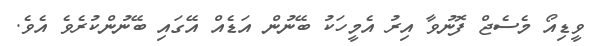
ވީޑިއޯ މެސެޖް ފޮނުވާ އިރު އެމީހަކު ބޭނުން އަޑެއް އޭގައި ބޭނުންކުރެވެ އެވެ.